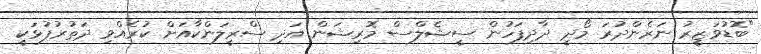
"ބޮޑުވަޒީރު ނަރެންދުރަ މޯދީ ދާދިފަހުން ސީޝެލްސް މޮރިޝަން އަދި ސްރީލަންކާއަށް ކުރެއްވި ދަތުރުފުޅަކީ